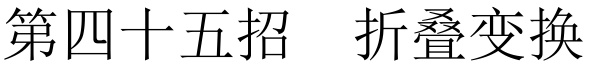
第四十五招 \quad 折叠变换